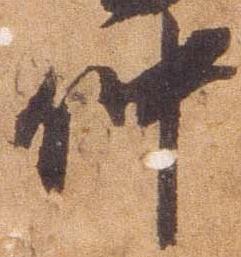
仲